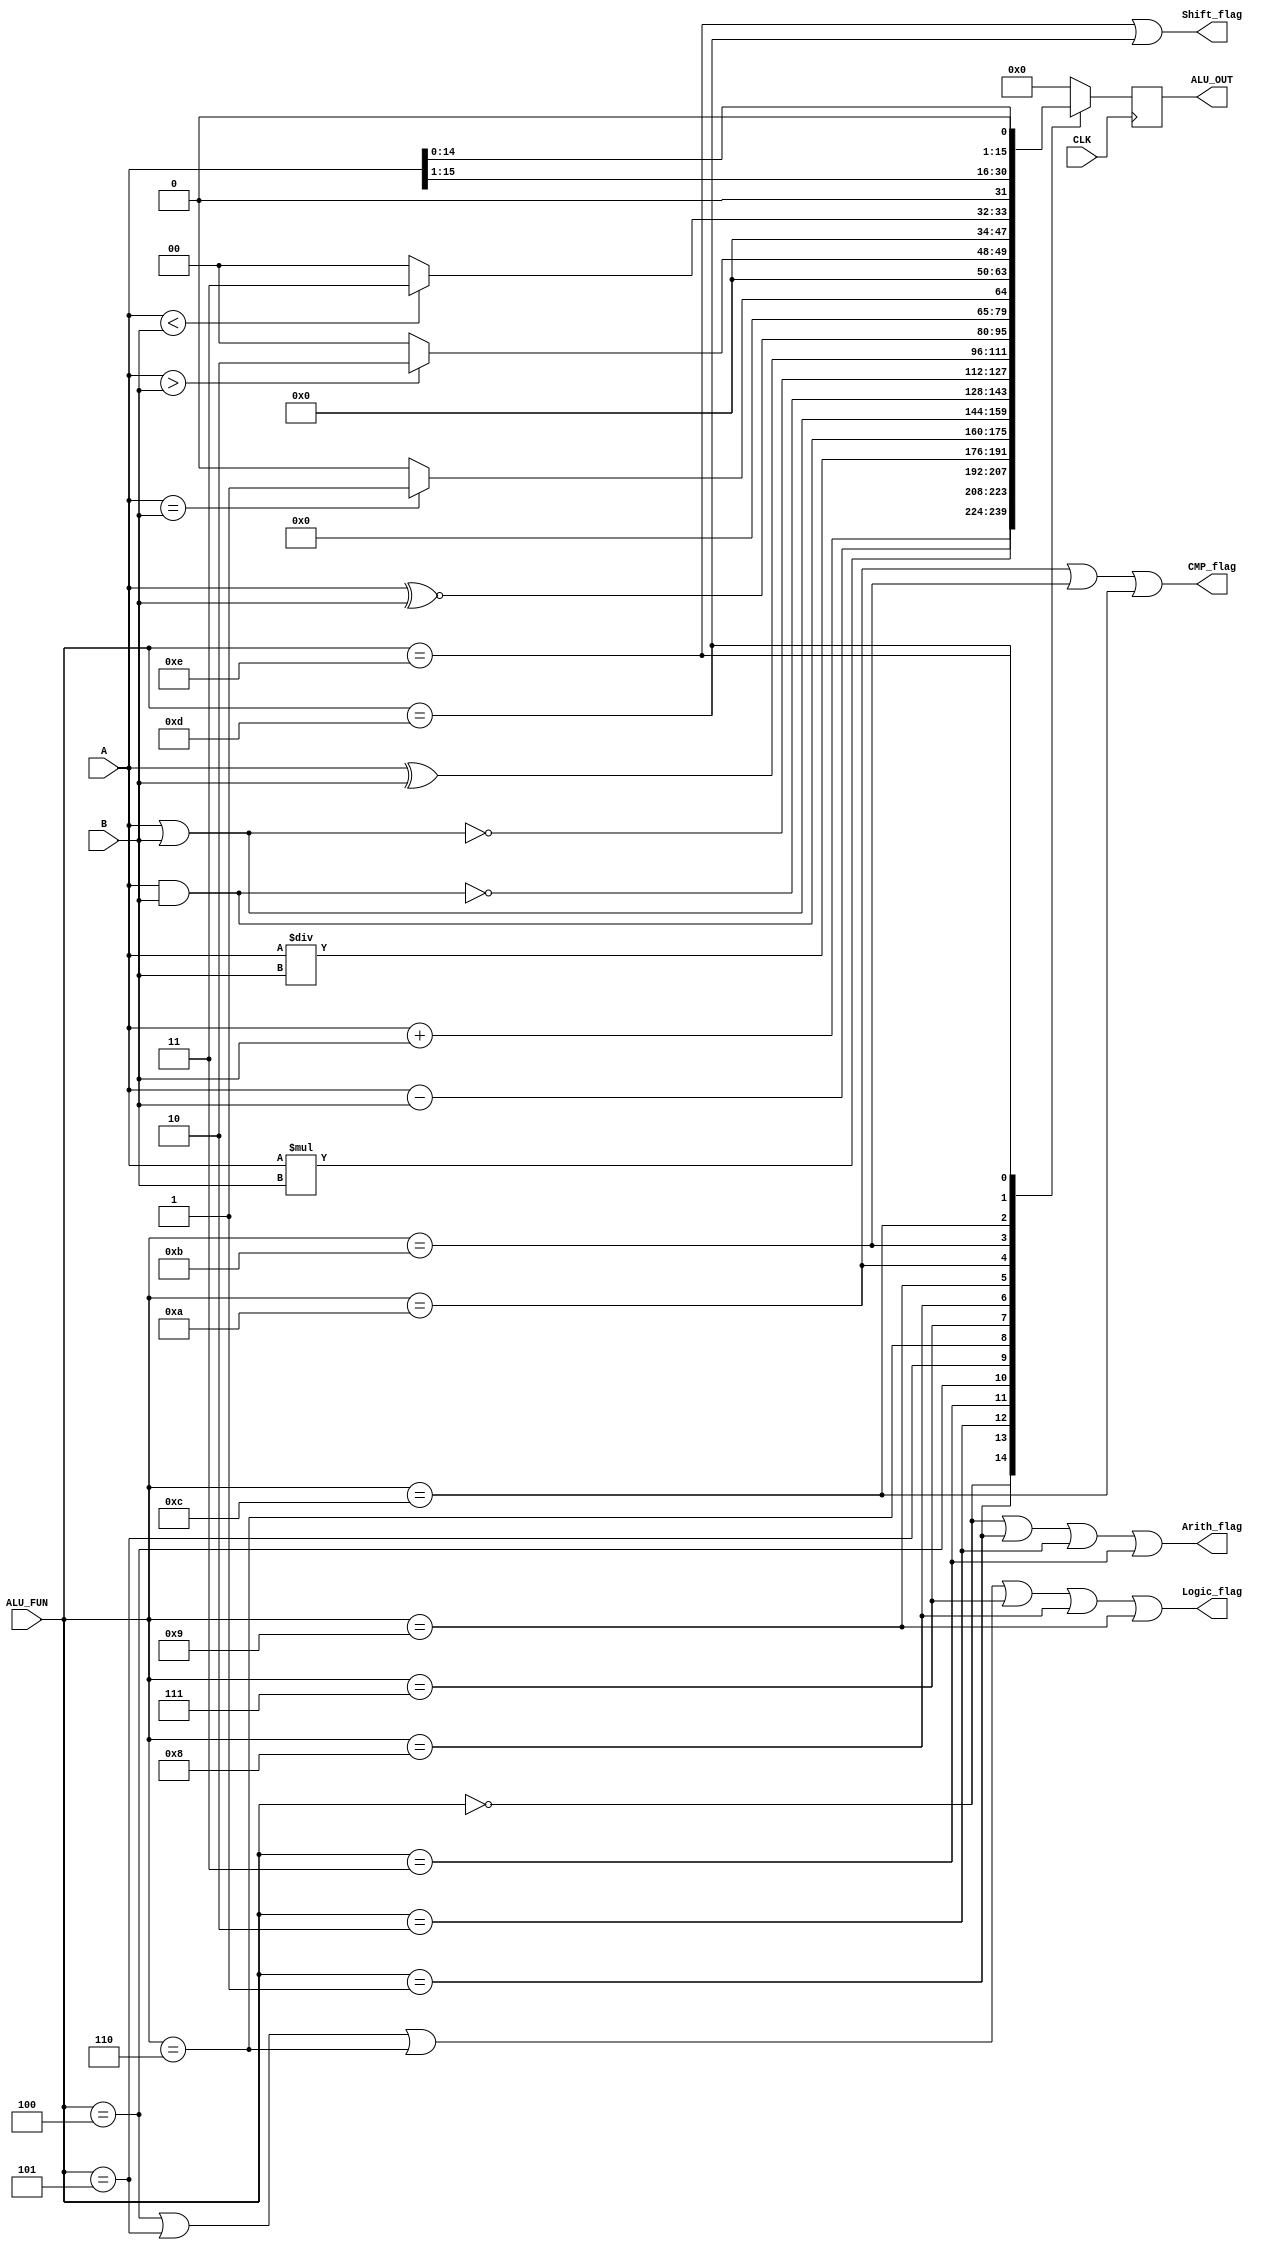
module ALU (
  input  wire [15:0] A,B,
  input  wire [3:0]  ALU_FUN,
  input  wire        CLK,
  output reg  [15:0] ALU_OUT,
  output wire       Arith_flag,Logic_flag,CMP_flag,Shift_flag
  );
  
  reg [15:0] D;
  
  always @ (*)
  begin
    case(ALU_FUN)
      4'b0000: begin
        D = (A + B) ;
      end
      4'b0001: begin
        D = A - B ;
      end
      4'b0010: begin
        D = A * B ;
      end
      4'b0011: begin
        D = A / B ;
      end
      4'b0100: begin
        D = A & B ;
      end
      4'b0101: begin
        D = A | B ;
      end
      4'b0110: begin
        D = ~(A & B) ;
      end
      4'b0111: begin
        D = ~(A | B) ;
      end
      4'b1000:  begin
        D = A ^ B ;
      end
      4'b1001: begin
        D = (A ~^ B) ;
      end
      4'b1010: begin
        if (A==B)
          begin
            D = 16'd1;
          end
        else
          begin
            D = 16'd0;
          end
      end
      4'b1011: begin
        if (A>B)
          begin
            D  = 16'd2;
          end
        else
          begin
            D  = 16'd0;
          end
      end
      4'b1100: begin
        if (A<B)
          begin
            D = 16'd3;
          end
        else
          begin
            D = 16'd0;
          end
      end
      4'b1101: begin
        D = A>>1 ;
      end
      4'b1110: begin
        D = A<<1 ;
      end
      default: begin
        D = 16'b0;  
      end
    endcase         
  end
  
  always@(posedge CLK) 
  begin
    ALU_OUT <= D;
  end 
  
  assign Arith_flag = (ALU_FUN == 4'b0000 || ALU_FUN == 4'b0001 || ALU_FUN == 4'b0010 || ALU_FUN == 4'b0011 );
  assign Logic_flag = (ALU_FUN == 4'b0100 || ALU_FUN == 4'b0101 || ALU_FUN == 4'b0110 || ALU_FUN == 4'b0111 || ALU_FUN == 4'b1000 || ALU_FUN == 4'b1001);
  assign CMP_flag = (ALU_FUN == 4'b1010 || ALU_FUN == 4'b1011 || ALU_FUN == 4'b1100);
  assign Shift_flag = (ALU_FUN == 4'b1110 || ALU_FUN == 4'b1101);
endmodule